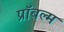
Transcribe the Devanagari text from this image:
प्रॉबल्म